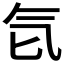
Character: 𰚻